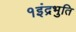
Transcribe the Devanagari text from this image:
१इंद्रभुति